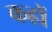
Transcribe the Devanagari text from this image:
कहों